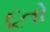
દૂતો